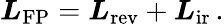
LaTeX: \boldsymbol{L}_{\mathrm{FP}}=\boldsymbol{L}_{\mathrm{rev}}+\boldsymbol{L}_{\mathrm{ir}}\, .